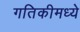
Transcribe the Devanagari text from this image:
गतिकीमध्ये